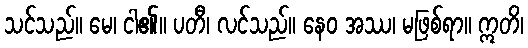
သင်သည်။ မေ၊ ငါ၏။ ပတီ၊ လင်သည်။ နေဝ အဿ၊ မဖြစ်ရာ။ ဣတိ၊